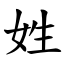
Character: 姓